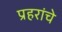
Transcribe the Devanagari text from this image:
प्रहरांचे